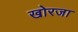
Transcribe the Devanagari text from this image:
खोरजा